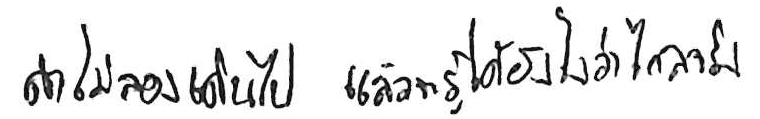
ถ้าไม่ลองเดินไป แล้วจะรู้ได้ยังไงว่าไกลจริง